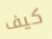
كيف